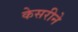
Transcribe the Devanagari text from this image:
केसरीने